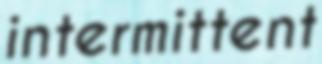
intermittent